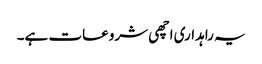
یہ راہداری اچھی شروعات ہے۔